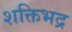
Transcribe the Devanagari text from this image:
शक्तिभद्र